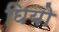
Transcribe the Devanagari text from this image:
घियो